Annual administration report of the Bombay Presidency - 1887-1892
Year: 1887
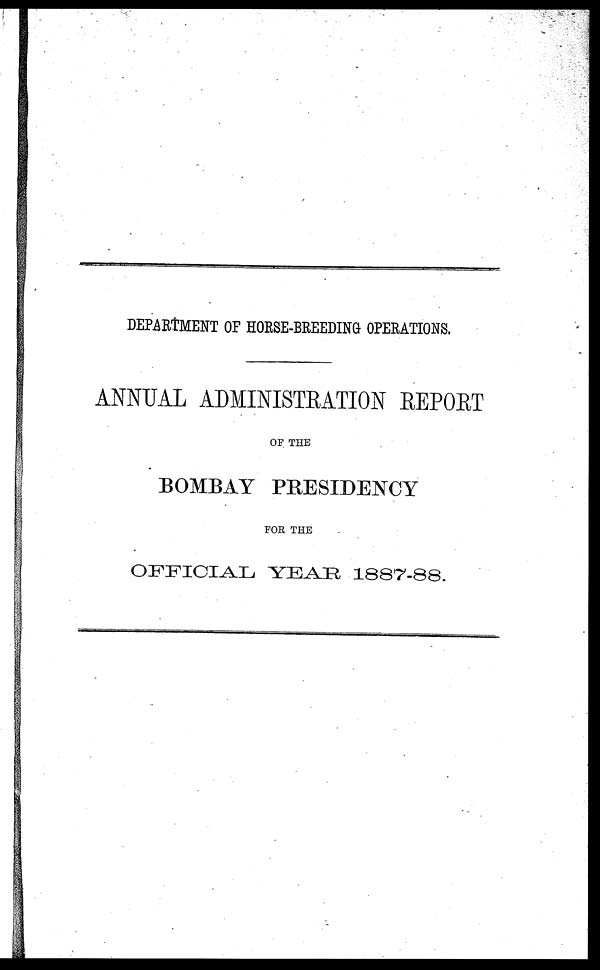
DEPARTMENT OF HORSE-BREEDING OPERATIONS.
ANNUAL ADMINISTRATION REPORT
OF THE
BOMBAY PRESIDENCY
FOR THE
OFFICIAL YEAR 1887-88.